65_HS1-834228961_62-HQ-83894_Section_7
Agency: FBI
Page 147
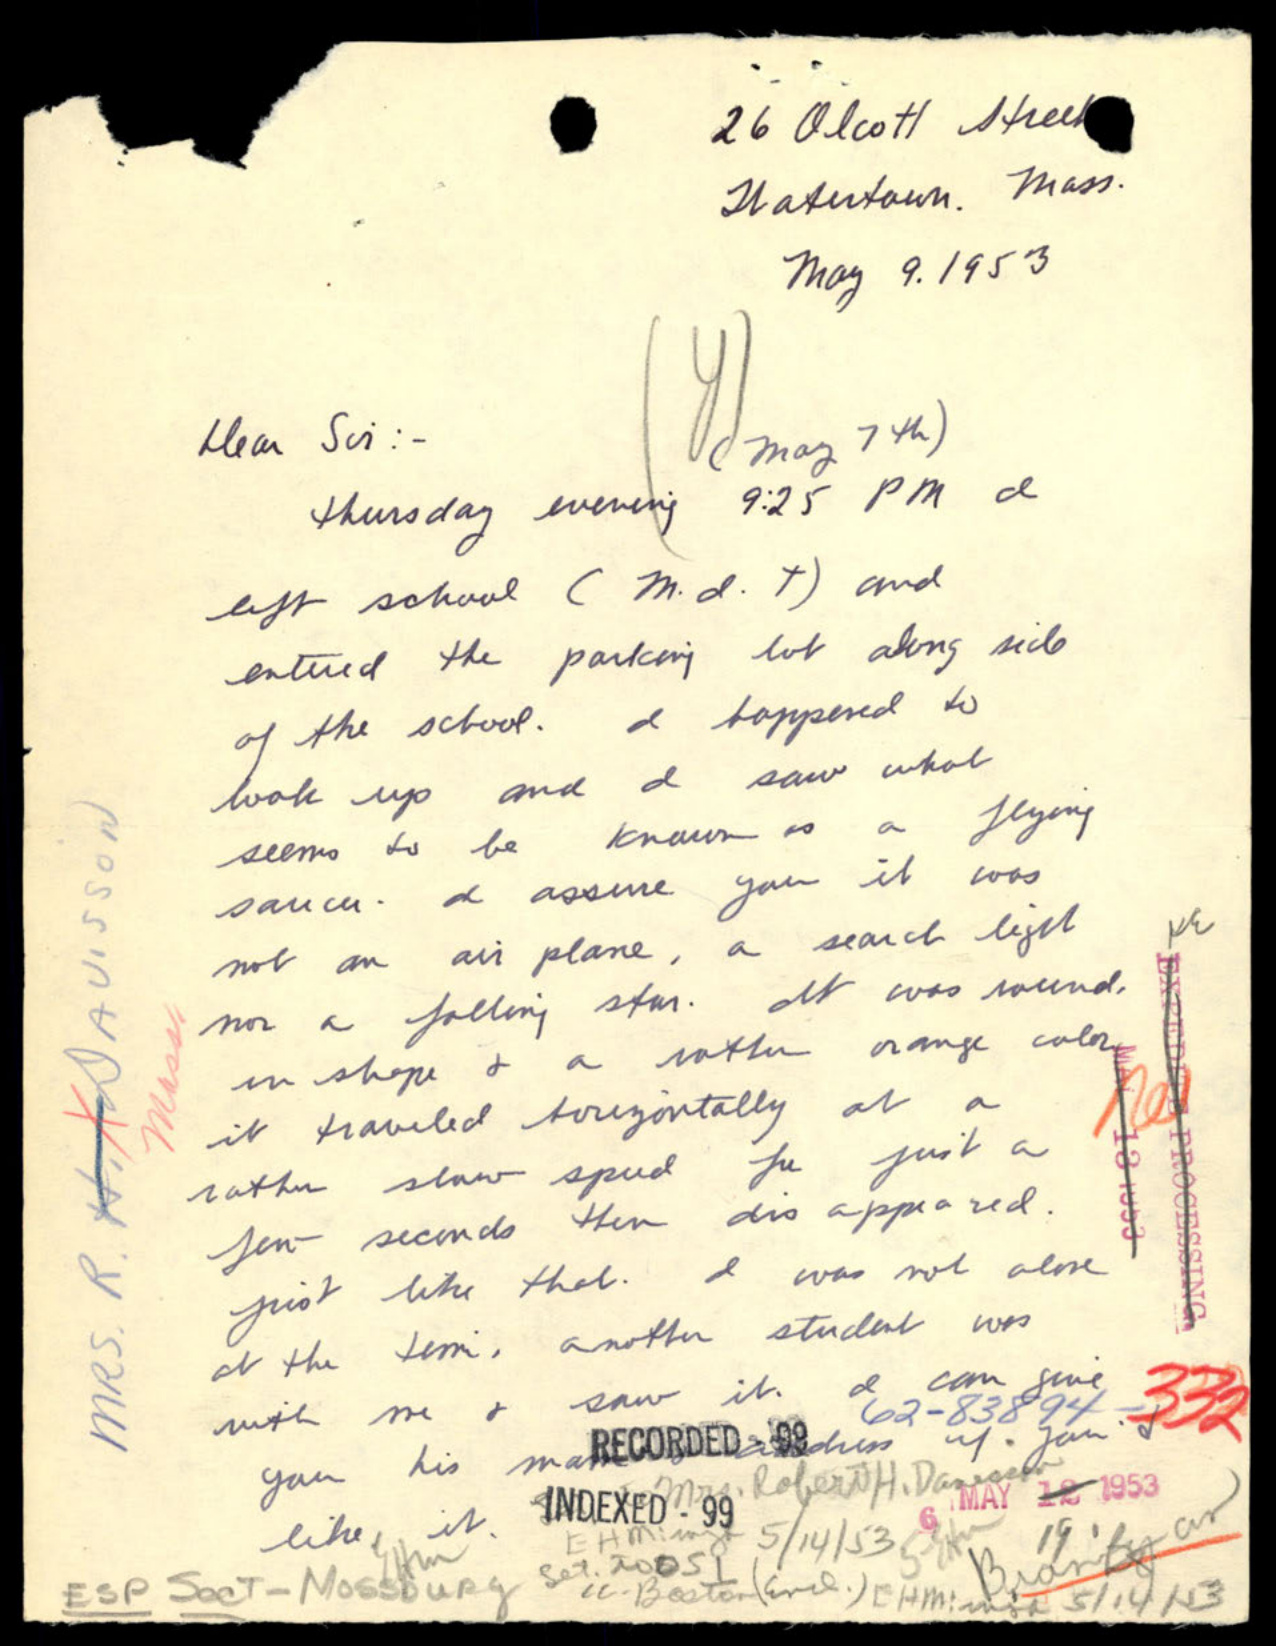